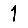
Digit: 1